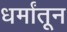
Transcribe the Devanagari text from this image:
धर्मांतून